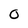
Character: O